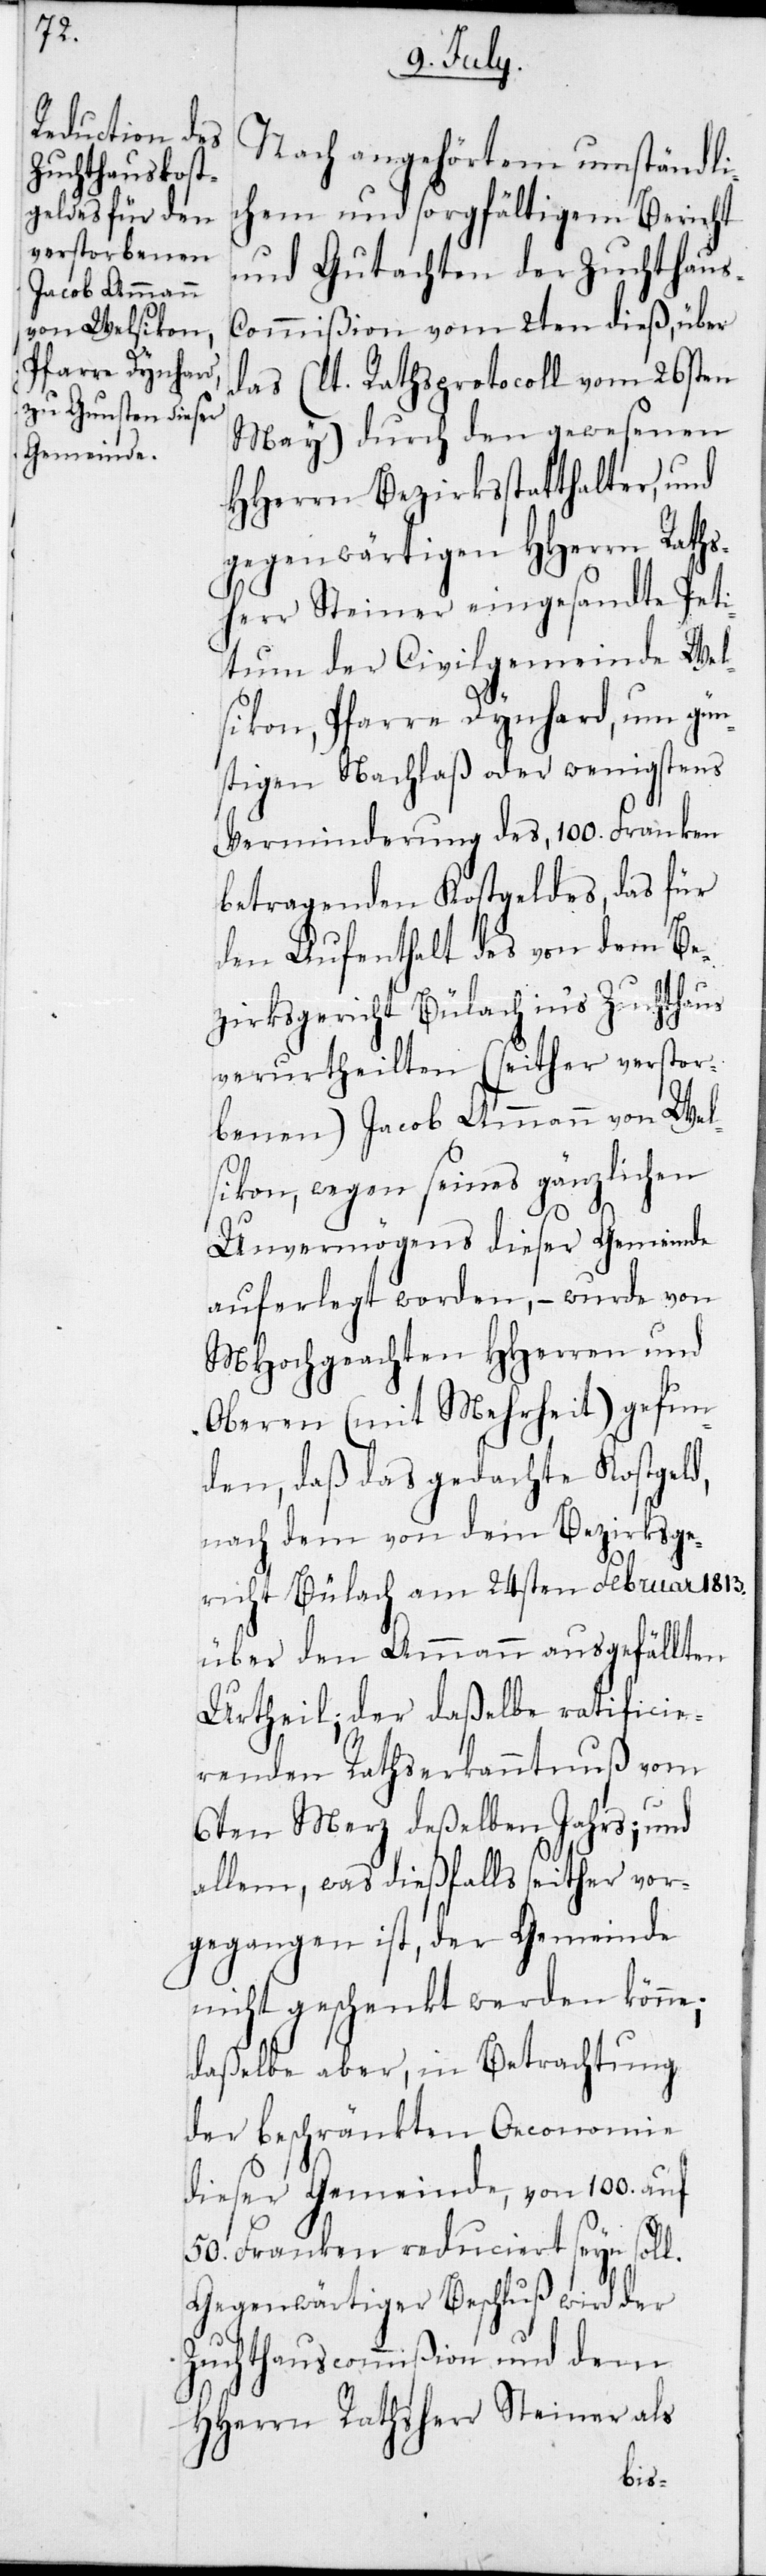
umständlic¬
hem und sorgfältigem Bericht
und Gutachten der Zuchthaus-C¬
ommißion vom 2ten dieß, über
das (lt. Rathsprotocoll vom 26sten
May) durch den gewesenen
HHerrn Bezirksstatthalter, und
gegenwärtigen HHerrn Raths¬
herr Steiner eingesandte Pet¬
itum der Civilgemeinde Wel¬
sikon, Pfarre Dynhard, um gün¬
stigen Nachlaß oder wenigstens
Verminderung, des 100. Franken
betragenden Kostgeldes, das für
den Aufenthalt des von dem Be¬
zirksgericht Bülach in’s Zuchthaus
verurtheilten (seither verstor¬
benen) Jacob Ammann von Wel¬
sikon, wegen seines gänzlichen
Unvermögens dieser Gemeinde
auferlegt worden, – wurde von
MHochgeachten HHerren und
Oberen (mit Mehrheit) gefun¬
den, daß das gedachte Kostgeld,
nach dem von dem Bezirksge¬
richt Bülach am 24sten Februar 1813.
über den Ammann ausgefällten
Urtheil, der daßelbe ratificie¬
renden Rathserkanntnuß vom
6ten Merz deßelben Jahrs; und
allem, was dießfalls seither vor¬
gegangen ist, der Gemeinde
nicht geschenkt werden könne;
daßelbe aber, in Betrachtung
der beschränkten Oeconomie
dieser Gemeinde, von 100. auf
50. Franken reduciert seyn soll.
Gegenwärtiger Beschluß wird der
Zuchthauscommißion und dem
HHerrn Rathsherr Steiner als